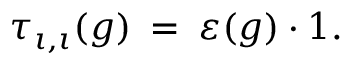
\tau _ { \iota , \iota } ( g ) \: = \: \varepsilon ( g ) \cdot 1 .